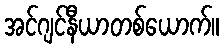
အင်ဂျင်နီယာတစ်ယောက်။